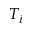
T _ { i }